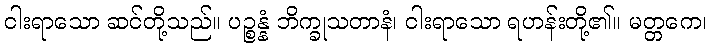
ငါးရာသော ဆင်တို့သည်။ ပဉ္စန္နံ ဘိက္ခုသတာနံ၊ ငါးရာသော ရဟန်းတို့၏။ မတ္တကေ၊